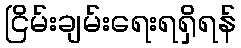
ငြိမ်းချမ်းရေးရရှိရန်